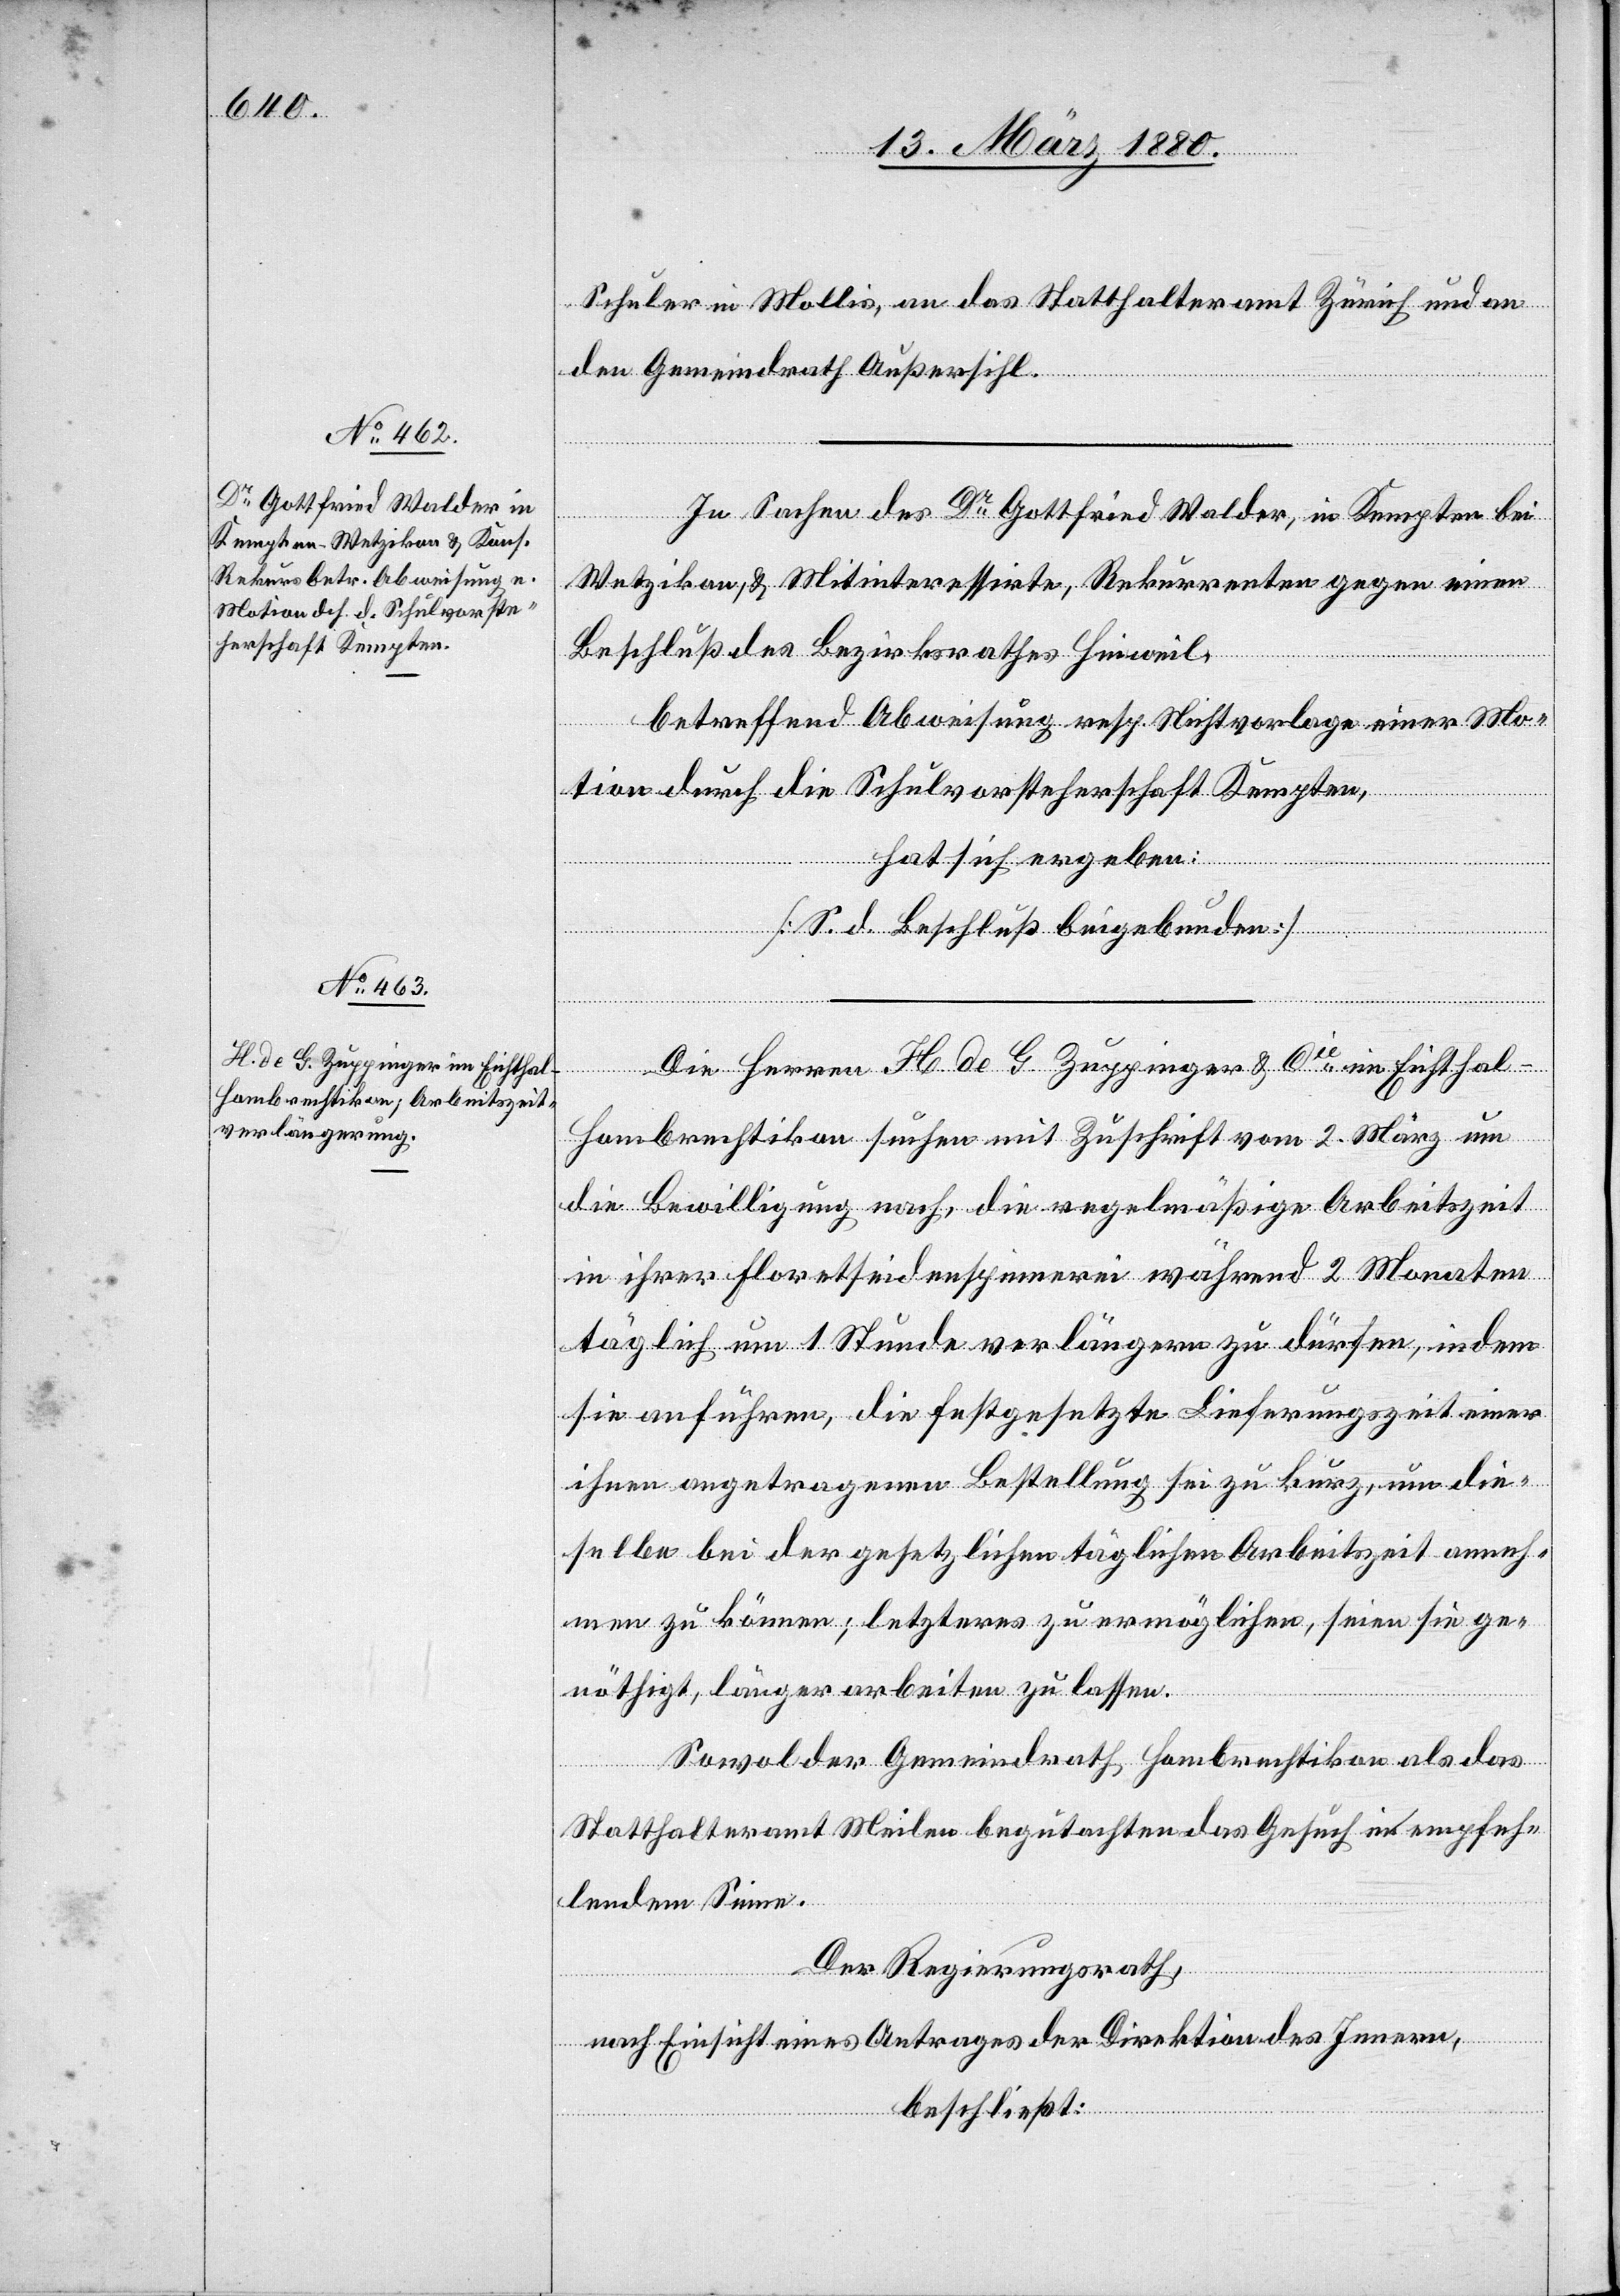
Schuler in Mollis, an das Statthalteramt Zürich und an
den Gemeindrath Außersihl.
Die Herren H de G Zuppinger & Cie im Eichthal -
Hombrechtikon suchen mit Zuschrift vom 2. März um
die Bewilligung nach, die regelmäßige Arbeitszeit
in ihrer Floretseidenspinnerei während 2 Monaten
täglich um 1 Stunde verlängern zu dürfen, indem
sie anführen, die festgesetzte Lieferungszeit einer
ihnen angetragenen Bestellung sei zu kurz, um die¬
selbe bei der gesetzlichen täglichen Arbeitszeit anneh¬
men zu können; letzteres zu ermöglichen, seien sie ge¬
nöthigt, länger arbeiten zu lassen.
Sowol der Gemeindrath Hombrechtikon als das
Statthalteramt Meilen begutachten das Gesuch in empfeh¬
lendem Sinne.
Der Regierungsrath,
nach Einsicht eines Antrages der Direktion des Innern,
beschließt: